Vaccination Hyderabad 1890-1903 - 1890-1903
Year: 1890
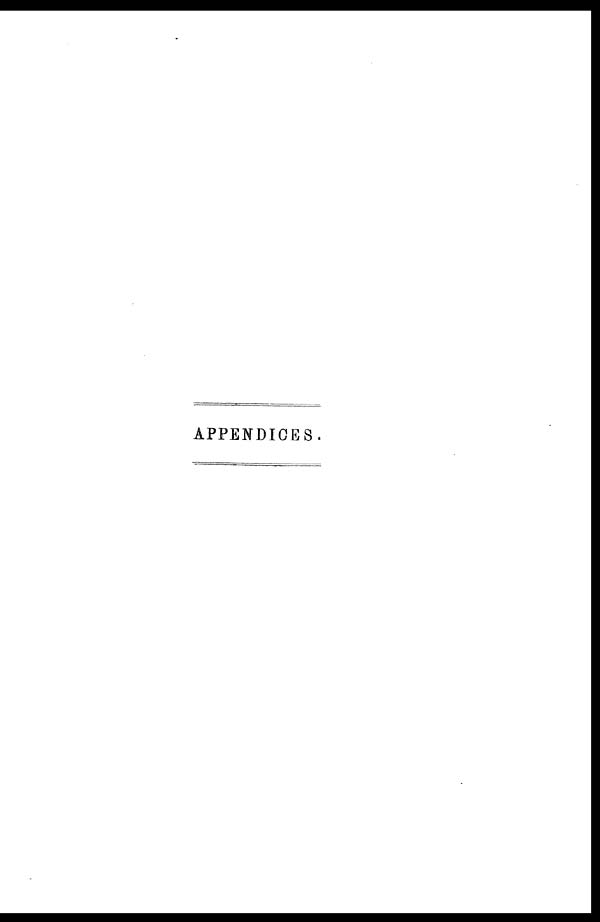
APPENDICES.